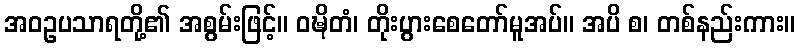
အဝဥပသာရတို့၏ အစွမ်းဖြင့်။ ဝဍ္ဎိတံ၊ တိုးပွားစေတော်မူအပ်။ အပိ စ၊ တစ်နည်းကား။